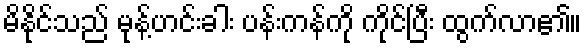
မိနိုင်သည် မုန့်ဟင်းခါး ပန်းကန်ကို ကိုင်ပြီး ထွက်လာ၏။